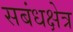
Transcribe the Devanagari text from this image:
सबंधक्षेत्र